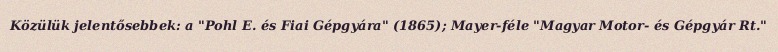
Közülük jelentősebbek: a "Pohl E. és Fiai Gépgyára" (1865); Mayer-féle "Magyar Motor- és Gépgyár Rt."